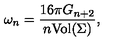
\omega _ { n } = \frac { 1 6 \pi G _ { n + 2 } } { n \mathrm { V o l } ( \Sigma ) } ,